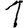
Digit: 1